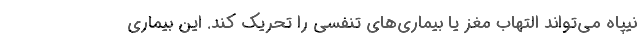
نیپاه می‌تواند التهاب مغز یا بیماری‌های تنفسی را تحریک کند. این بیماری